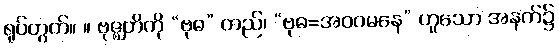
ရုပ်တွက်။ ။ ဗုဇ္ဈတိကို “ဗုဓ” တည်၊ “ဗုဓ=အဝဂမနေ” ဟူသော အနက်၌